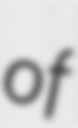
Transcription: of